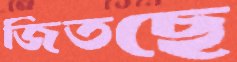
জিতছে